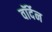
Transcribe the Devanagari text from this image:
वॉर्देन